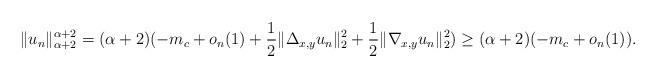
LaTeX: \begin{align*}\|u_n\|_{\alpha+2}^{\alpha+2}=(\alpha+2)(-m_c+o_n(1)+\frac{1}{2}\|\Delta_{x,y}u_n\|_2^2+\frac{1}{2}\|\nabla_{x,y}u_n\|_2^2)\geq (\alpha+2)(-m_c+o_n(1)).\end{align*}